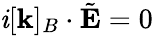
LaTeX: \mathit{i}[\mathbf{{k}}]_{B}\cdot\tilde{{\mathbf{{E}}}}=0